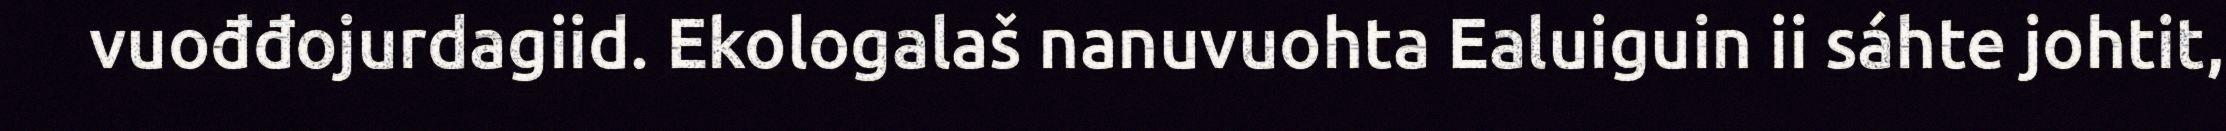
vuođđojurdagiid. Ekologalaš nanuvuohta Ealuiguin ii sáhte johtit,